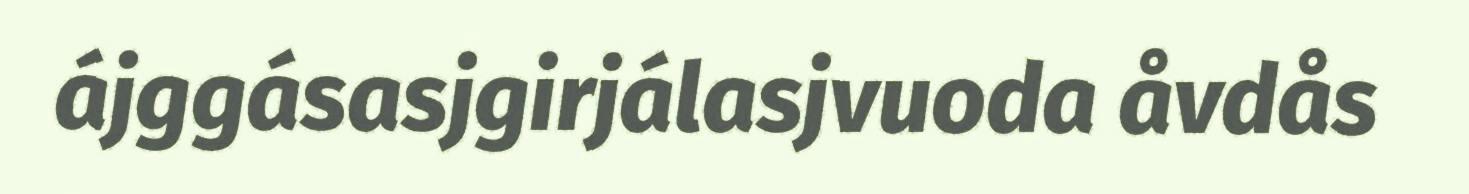
ájggásasjgirjálasjvuoda åvdås